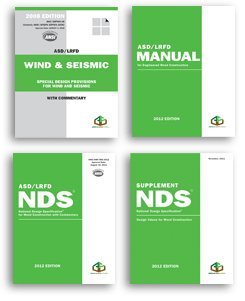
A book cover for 2012 Wood Design Package - including the National Design SpecificationÂ® for Wood Construction (NDSÂ®) & NDS Supplement: Design Values for Wood Construction (4 volumes set); American Wood Council; Engineering & Transportation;